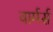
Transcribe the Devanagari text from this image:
वार्मर्स